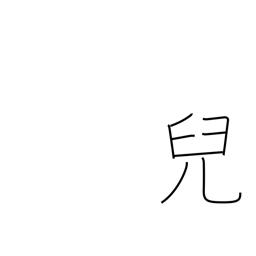
Meaning: child